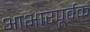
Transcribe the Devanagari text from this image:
आभारपूर्वक